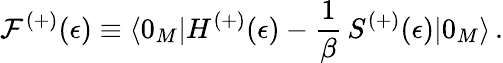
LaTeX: {\cal F}^{(+)}(\epsilon)\equiv\langle 0_{M}|H^{(+)}(\epsilon)-\frac{1}{\beta}\, S^{(+)}(\epsilon)|0_{M}\rangle\, {.}